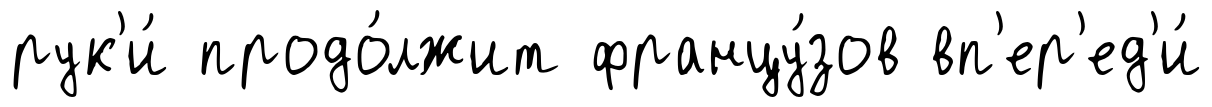
рук'и́ продо́лжит францу́зов вп'ер'ед'и́